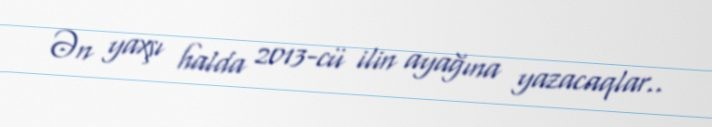
Ən yaxşı halda 2013-cü ilin ayağına yazacaqlar..